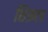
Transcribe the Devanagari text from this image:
शिफ़टर